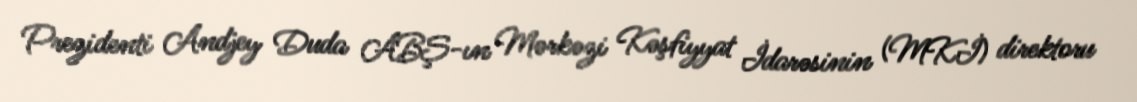
Prezidenti Andjey Duda ABŞ-ın Mərkəzi Kəşfiyyat İdarəsinin (MKİ) direktoru